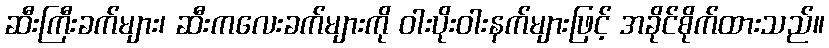
ဆီးကြီးခက်များ၊ ဆီးကလေးခက်များကို ဝါးပိုးဝါးနက်များဖြင့် အခိုင်စိုက်ထားသည်။